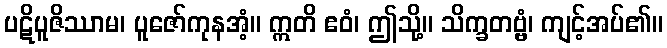
ပဋိပူဇိဿာမ၊ ပူဇော်ကုနအံ့။ ဣတိ ဧဝံ၊ ဤသို့။ သိက္ခတဗ္ဗံ၊ ကျင့်အပ်၏။